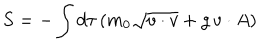
LaTeX: S = - \int d \tau \, ( m _ { 0 } \sqrt { v \cdot v } + g \, v \cdot A )